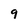
Character: 9